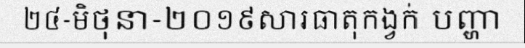
២៤-មិថុនា-២០១៩សារធាតុកង្វក់ បញ្ហា